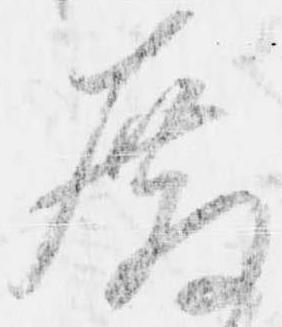
殿